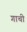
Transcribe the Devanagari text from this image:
गाची